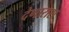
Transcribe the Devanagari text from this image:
देणारास